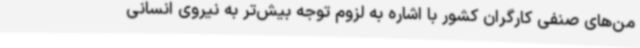
من‌های صنفی کارگران کشور با اشاره به لزوم توجه بیش‌تر به نیروی انسانی